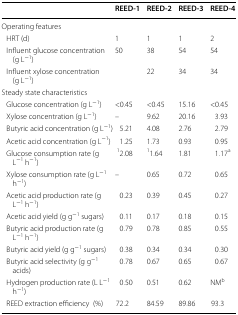
<table><thead><tr><td></td><td><b>REED-1</b></td><td><b>REED-2</b></td><td><b>REED-3</b></td><td><b>REED-4</b></td></tr></thead><tbody><tr><td colspan="5">Operating features</td></tr><tr><td> HRT (d)</td><td>1</td><td>1</td><td>1</td><td>2</td></tr><tr><td> Influent glucose concentration (g L<sup>−1</sup>)</td><td>50</td><td>38</td><td>54</td><td>54</td></tr><tr><td> Influent xylose concentration (g L<sup>−1</sup>)</td><td></td><td>22</td><td>34</td><td>34</td></tr><tr><td colspan="5">Steady state characteristics</td></tr><tr><td> Glucose concentration (g L<sup>−1</sup>)</td><td>&lt;0.45</td><td>&lt;0.45</td><td>15.16</td><td>&lt;0.45</td></tr><tr><td> Xylose concentration (g L<sup>−1</sup>)</td><td>–</td><td>9.62</td><td>20.16</td><td>3.93</td></tr><tr><td> Butyric acid concentration (g L<sup>−1</sup>)</td><td>5.21</td><td>4.08</td><td>2.76</td><td>2.79</td></tr><tr><td> Acetic acid concentration (g L<sup>−1</sup>)</td><td>1.25</td><td>1.73</td><td>0.93</td><td>0.95</td></tr><tr><td> Glucose consumption rate (g L<sup>−1</sup> h<sup>−1</sup>)</td><td><sup>1</sup>2.08</td><td><sup>1</sup>1.64</td><td>1.81</td><td>1.17<sup>a</sup></td></tr><tr><td> Xylose consumption rate (g L<sup>−1</sup> h<sup>−1</sup>)</td><td>–</td><td>0.65</td><td>0.72</td><td>0.65</td></tr><tr><td> Acetic acid production rate (g L<sup>−1</sup> h<sup>−1</sup>)</td><td>0.23</td><td>0.39</td><td>0.45</td><td>0.27</td></tr><tr><td> Acetic acid yield (g g<sup>−1</sup> sugars)</td><td>0.11</td><td>0.17</td><td>0.18</td><td>0.15</td></tr><tr><td> Butyric acid production rate (g L<sup>−1</sup> h<sup>−1</sup>)</td><td>0.79</td><td>0.78</td><td>0.85</td><td>0.55</td></tr><tr><td> Butyric acid yield (g g<sup>−1</sup> sugars)</td><td>0.38</td><td>0.34</td><td>0.34</td><td>0.30</td></tr><tr><td> Butyric acid selectivity (g g<sup>−1</sup> acids)</td><td>0.78</td><td>0.67</td><td>0.65</td><td>0.67</td></tr><tr><td> Hydrogen production rate (L L<sup>−1</sup> h<sup>−1</sup>)</td><td>0.50</td><td>0.51</td><td>0.62</td><td>NM<sup>b</sup></td></tr><tr><td> REED extraction efficiency(%)</td><td>72.2</td><td>84.59</td><td>89.86</td><td>93.3</td></tr></tbody></table>